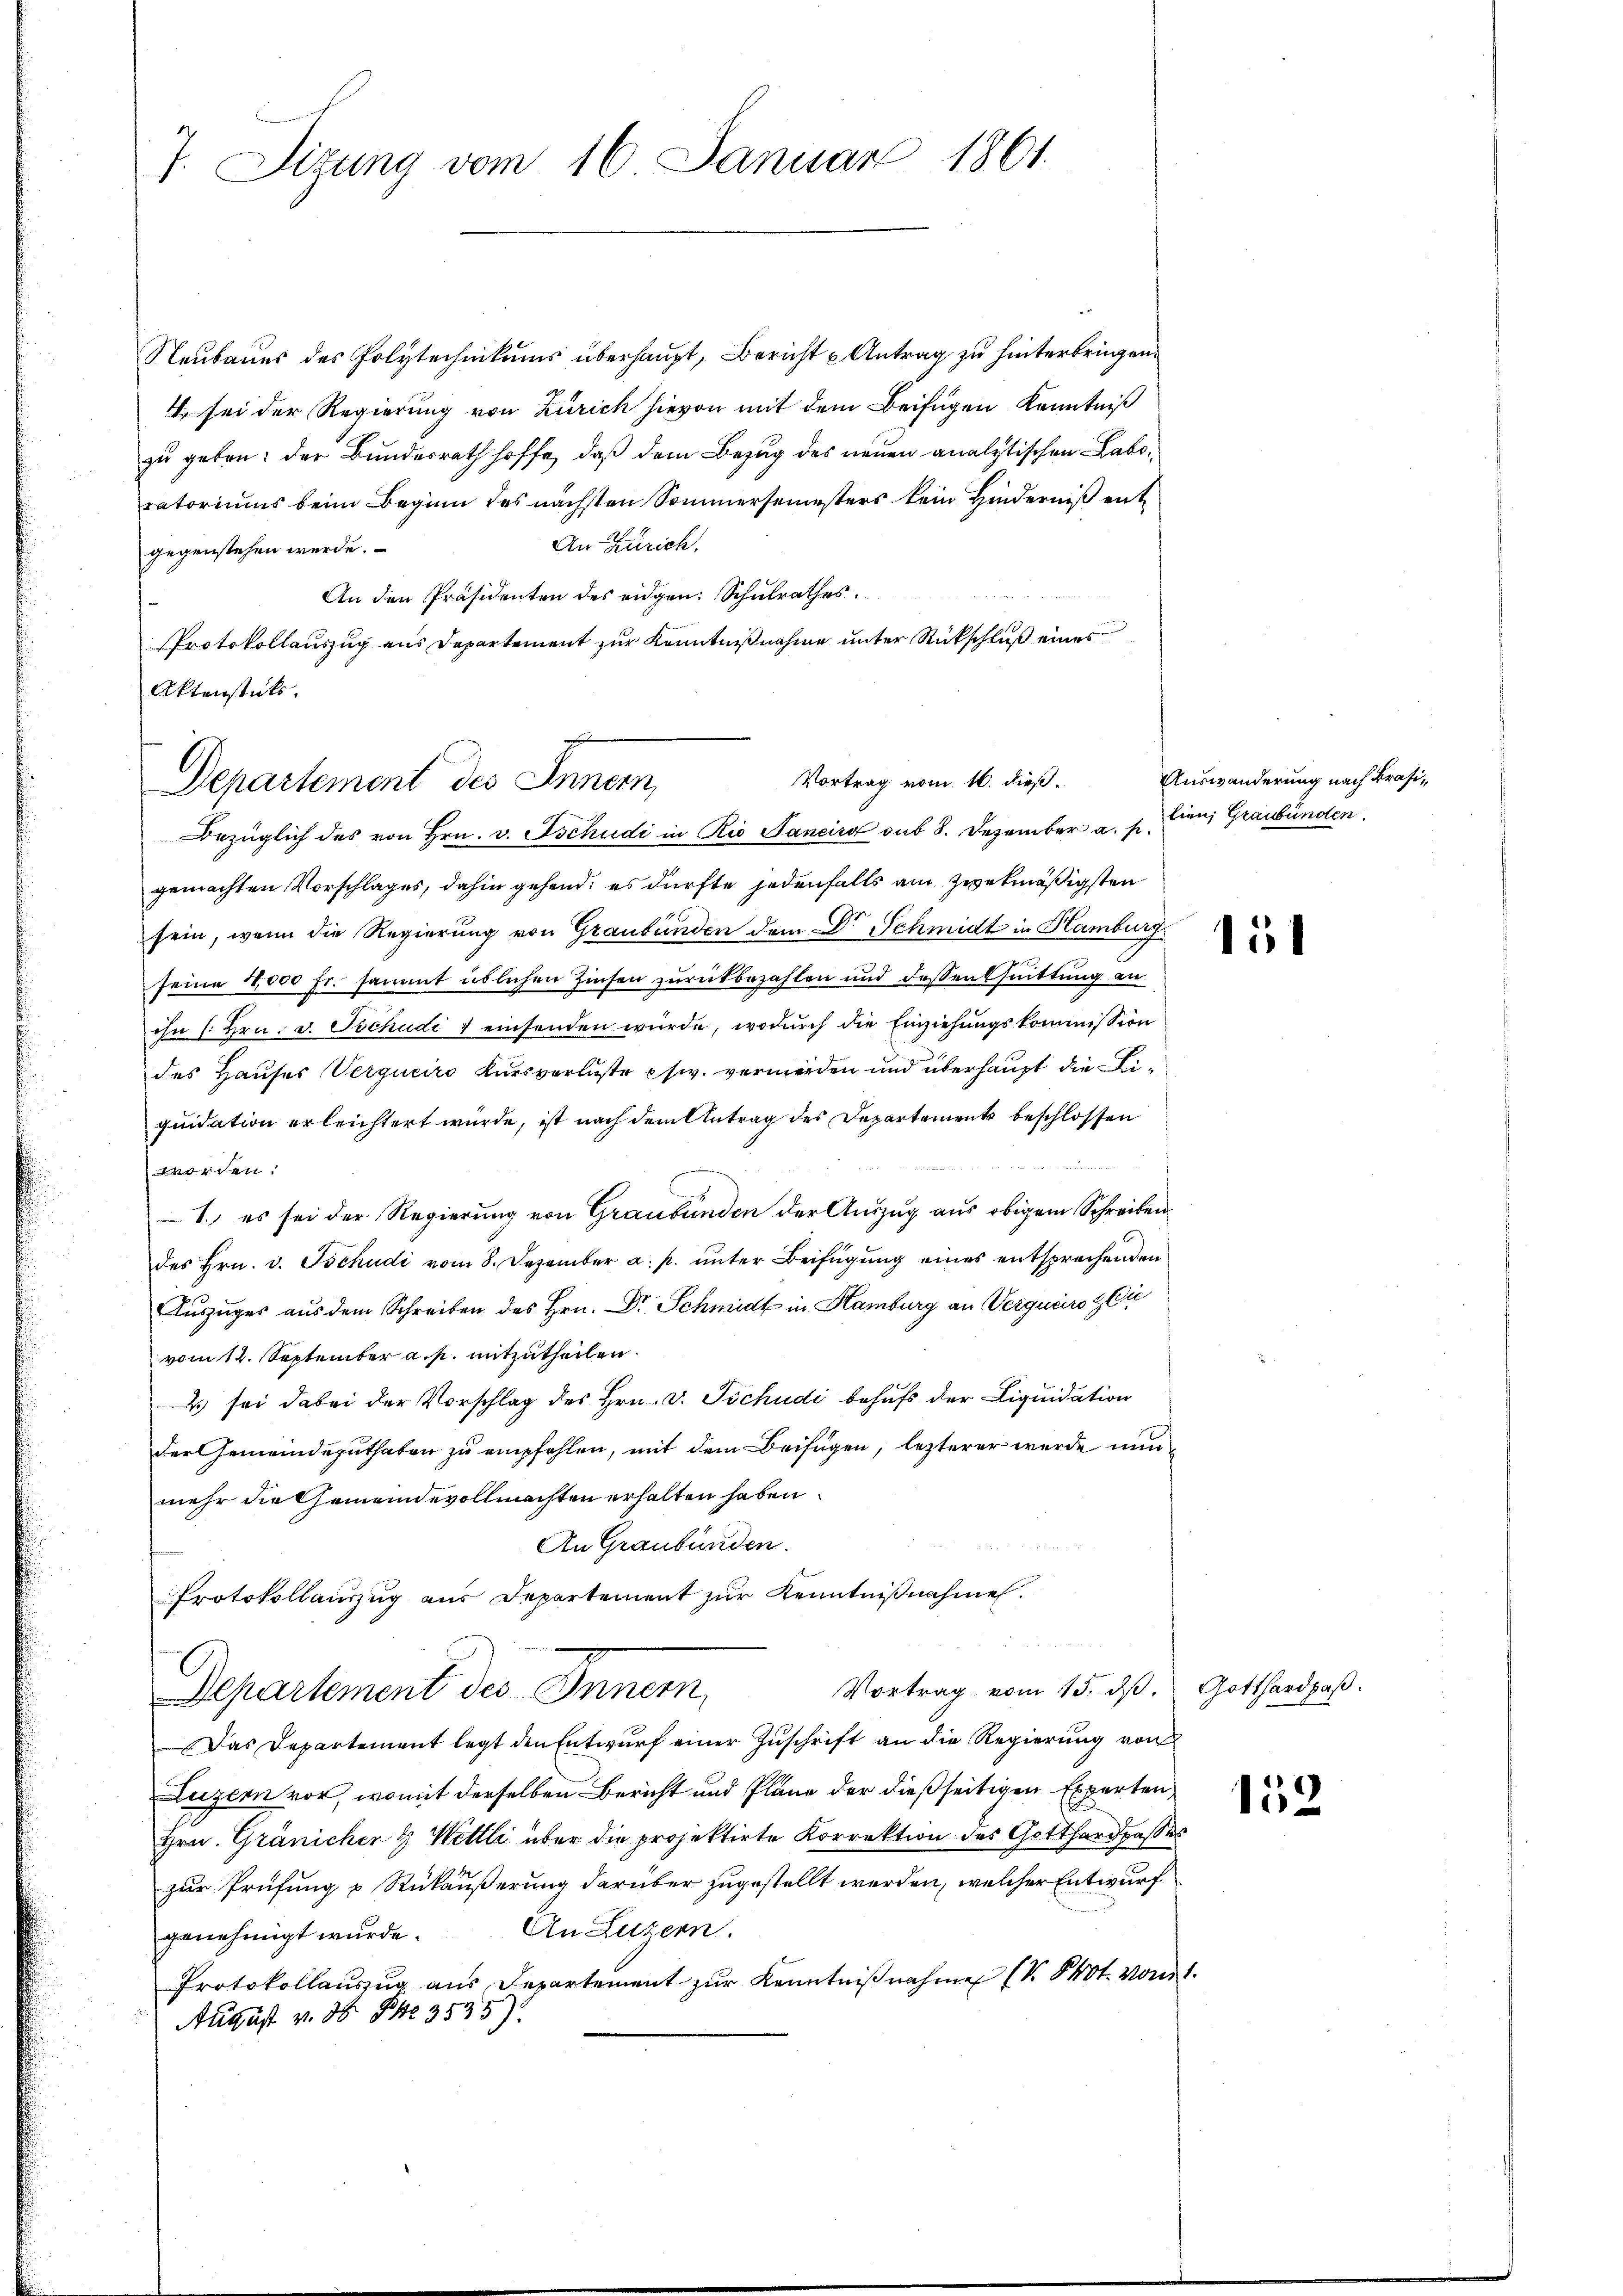
7. Sizung vom 16. Januar 1861.

Neubaues des Polytechnikums überhaupt, Bericht u Antrag zu hinterbringen.
4 sei der Regierung von Zürich hievon mit dem Beifügen Kenntniß
zu geben: der Bundesrath hoffe, daß dem Bezug des neuen analytischen Laboratoriums beim Beginn des nächsten Sommersemesters kein Hinderniß ent¬
An Zürich,
gegenstehen werde.
An den Präsidenten des eidgen: Schulrathes.
Protokollauszug aus Departement zur Kenntnißnahme unter Rückschluß eines
Aktenstücks.
Bezüglich des von Hrn. v. Tschudi in Rio Saneiro sub 8. Dezember a. s. Ein Graubünden.
gemachten Vorschlages, dahin gehend; es dürfte jedenfalls am zwekmäßigsten
sein, wenn die Regierung von Graubünden dem Dr. Schmidt in Hamburg
seine 1000 fr. sammt üblichen Zinsen zurückbezahlen und dessen Quittung an
ihn (: Hrn. v. Tschudi & einsenden würde, wodurch die Einziehungskommission
des Hauses Verguciro Kursverluste pfw. vermorden und überhaupt die Liquidation erleichtert wurde, ist nach dem Antrag des Departement beschlossen
en mit
worden:
1., es sei der Regierung von Graubünden der Auszug aus obigem Schreiben
des Hrn. v. Tschudi vom 8. Dezember a. p. ŭnter Beifügŭng eines entsprechenden
Auszuges aus dem Schreiben des Hrn. Dr. Schmidt in Hamburg an Verquare zie
vom 12. September a. p. mitzutheilen.
4. sei dabei der Vorschlag des Hrn. v. Tschudi behufs der Liquidation
der Gemeindeguthaten zu empfehlen, mit dem Beifügen, lezterer wurde nun
mehr die Gemeindevollmachten erhalten haben.
An Graubünden.
Protokollauszug aus Departement zur Kenntnißnahme.
Vortrag vom 15. ds.
Departement des Inner,
Das Departement legt den Entwurf einer Zuschrift an die Regierung von
Luzern vor, womit derselben Bericht und Pläne der dießseitigen Experten,
Hrn. Gränicher & Wettli über die projektirte Korrektion des Gotthardpaßes
zur Prüfung & Rückäußerung darüber zugestellt werden, welcher Entwurf
An Luzern.
genehmigt wurde.
Protokollaŭszŭg aŭs Departement zŭr Kenntniβnahmen (S. Prot. von
August v. 30 Fr. 3535)

Vortrag vom 16. dieß.
Departement des Innern,

Auswanderung nach Präsi¬

151

Gotthardpaß.

152